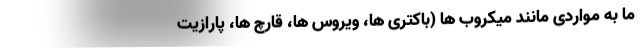
ما به مواردی مانند میکروب ها (باکتری ها، ویروس ها، قارچ ها، پارازیت